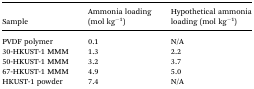
| Sample | Ammonia loading (mol kg–1) | Hypothetical ammonia loading (mol kg–1) |
 | --- | --- | --- |
 | PVDF polymer | 0.1 | N/A |
 | 30-HKUST-1 MMM | 1.3 | 2.2 |
 | 50-HKUST-1 MMM | 3.2 | 3.7 |
 | 67-HKUST-1 MMM | 4.9 | 5.0 |
 | HKUST-1 powder | 7.4 | N/A |